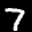
Label: 7